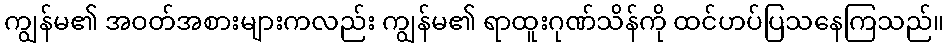
ကျွန်မ၏ အဝတ်အစားများကလည်း ကျွန်မ၏ ရာထူးဂုဏ်သိန်ကို ထင်ဟပ်ပြသနေကြသည်။